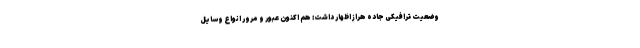
وضعیت ترافیکی جاده هراز اظهار داشت: هم اکنون عبور و مرور انواع وسایل